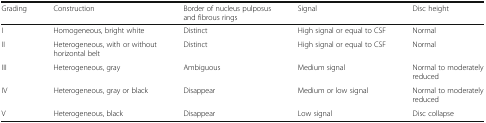
| Grading | Construction | Border of nucleus pulposus and fibrous rings | Signal | Disc height |
 | --- | --- | --- | --- | --- |
 | I | Homogeneous, bright white | Distinct | High signal or equal to CSF | Normal |
 | II | Heterogeneous, with or without horizontal belt | Distinct | High signal or equal to CSF | Normal |
 | III | Heterogeneous, gray | Ambiguous | Medium signal | Normal to moderately reduced |
 | IV | Heterogeneous, gray or black | Disappear | Medium or low signal | Normal to moderately reduced |
 | V | Heterogeneous, black | Disappear | Low signal | Disc collapse |